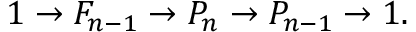
1 \to F _ { n - 1 } \to P _ { n } \to P _ { n - 1 } \to 1 .